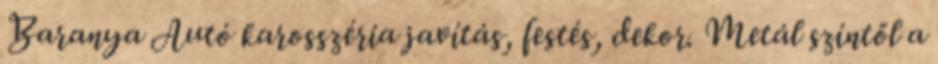
Baranya Autó karosszéria javítás, festés, dekor. Metál színtől a